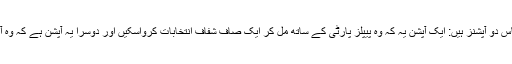
جنرل صاحب کے پاس دو آپشنز ہیں: ایک آپشن یہ کہ وہ پیپلز پارٹی کے ساتھ مل کر ایک صاف شفاف انتخابات کرواسکیں اور دوسرا یہ آپشن ہے کہ وہ آئین کے ساتھ کھیلیں۔